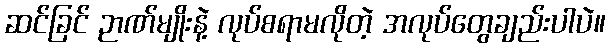
ဆင်ခြင် ဉာဏ်မျိုးနဲ့ လုပ်စရာမလိုတဲ့ အလုပ်တွေချည်းပါပဲ။